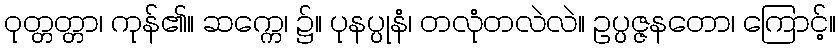
ဝုတ္တတ္တာ၊ ကုန်၏။ ဆက္ကေ၊ ၌။ ပုနပ္ပုနံ၊ တလုံတလဲလဲ။ ဥပ္ပဇ္ဇနတော၊ ကြောင့်။